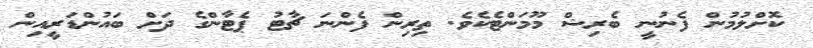
ކޮށްލުމުން ފެނުނީ ބެރިޝް މޫމަންޓެކެވެ. ތިރިން ފެންނަ ޗާޓު ޕެޓާންގެ ދަށް ބައުންޑަރީއިން